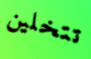
تتخلين